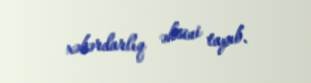
xəbərdarlıq əksini tapıb.